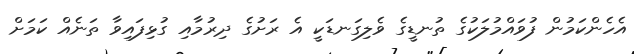
އެހެންކަމުން ފުވައްމުލަކުގެ ތުނޑީގެ ވެލިގަނޑަކީ އެ ރަށުގެ ދިރުމާއި ގުޅިފައިވާ ތަނެއް ކަމަށް